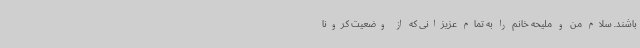
باشند. سلام من و ملیحه خانم را به تمام عزیزانی که از وضعیت کرونا